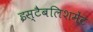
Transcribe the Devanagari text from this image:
इस्‍टैबलिशमेंट